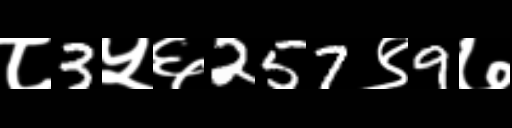
Text: ८3५६257९9७